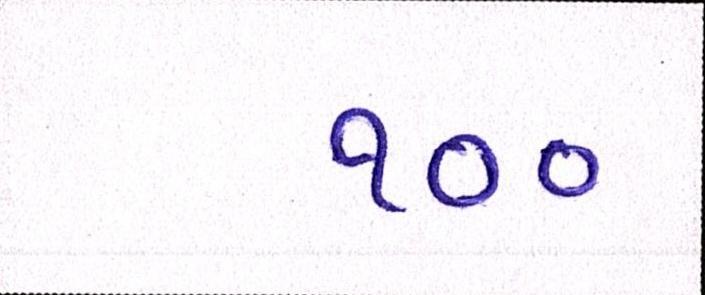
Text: ૧૦૦